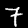
Label: 7